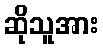
ဆိုသူအား